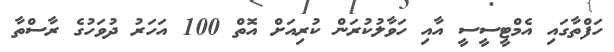
ހަފްތާގައި އެމްޓީސީސީ އާއި ހަވާލުކުރަން ކުރިއަށް އޮތް 100 އަހަރު ދުވަހުގެ ރާސްތާ